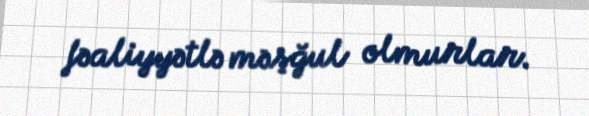
fəaliyyətlə məşğul olmurlar.